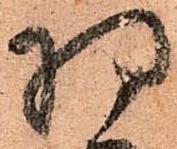
将